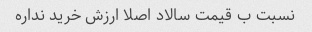
نسبت ب قیمت سالاد اصلا ارزش خرید نداره